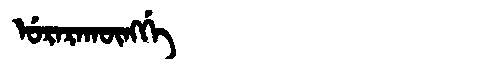
Manchu: ᡠᡵᠠᡵᠠᡴᡡᠩᡤᡝ
Romanization: URARAKŪNGGE